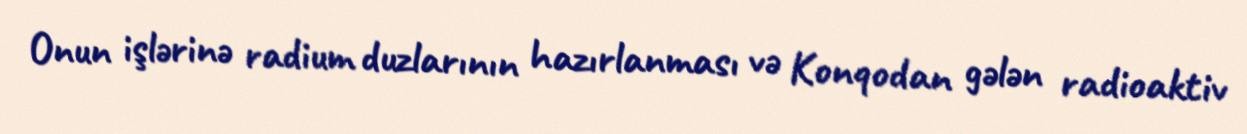
Onun işlərinə radium duzlarının hazırlanması və Konqodan gələn radioaktiv